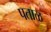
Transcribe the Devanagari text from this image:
पताळ